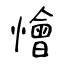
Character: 懀